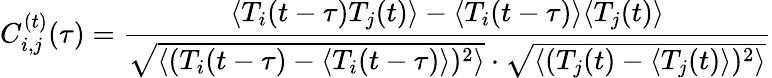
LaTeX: C_{i,j}^{(t)}(\tau)=\frac{\langle T_{i}(t-\tau)T_{j}(t)\rangle-\langle T_{i}(t-\tau)\rangle\langle T_{j}(t)\rangle}{\sqrt{\langle(T_{i}(t-\tau)-\langle T_{i}(t-\tau)\rangle)^{2}\rangle}\cdot\sqrt{\langle(T_{j}(t)-\langle T_{j}(t)\rangle)^{2}\rangle}}